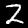
Label: 2